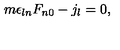
m \epsilon _ { l n } F _ { n 0 } - j _ { l } = 0 ,